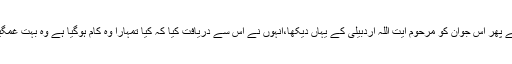
یہ عالم دین بیان کرتے ہیں کہ چند دن کے بعد میں نے پھر اس جوان کو مرحوم آیت اللہ اردبیلی کے یہاں دیکھا،انہوں نے اس سے دریافت کیا کہ کیا تمہارا وہ کام ہوگیا ہے وہ بہت غمگین اداس اور مضطرب تھا اس نے کوئی جواب نہ دیا۔